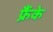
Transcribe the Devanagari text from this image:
फ्रैंके